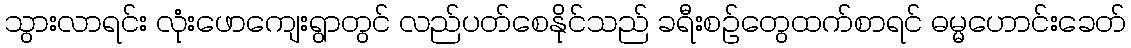
သွားလာရင်း လုံးဖောကျေးရွာတွင် လည်ပတ်စေနိုင်သည် ခရီးစဉ်တွေထက်စာရင် ဓမ္မဟောင်းခေတ်